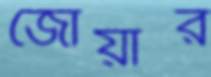
জোঁয়ার